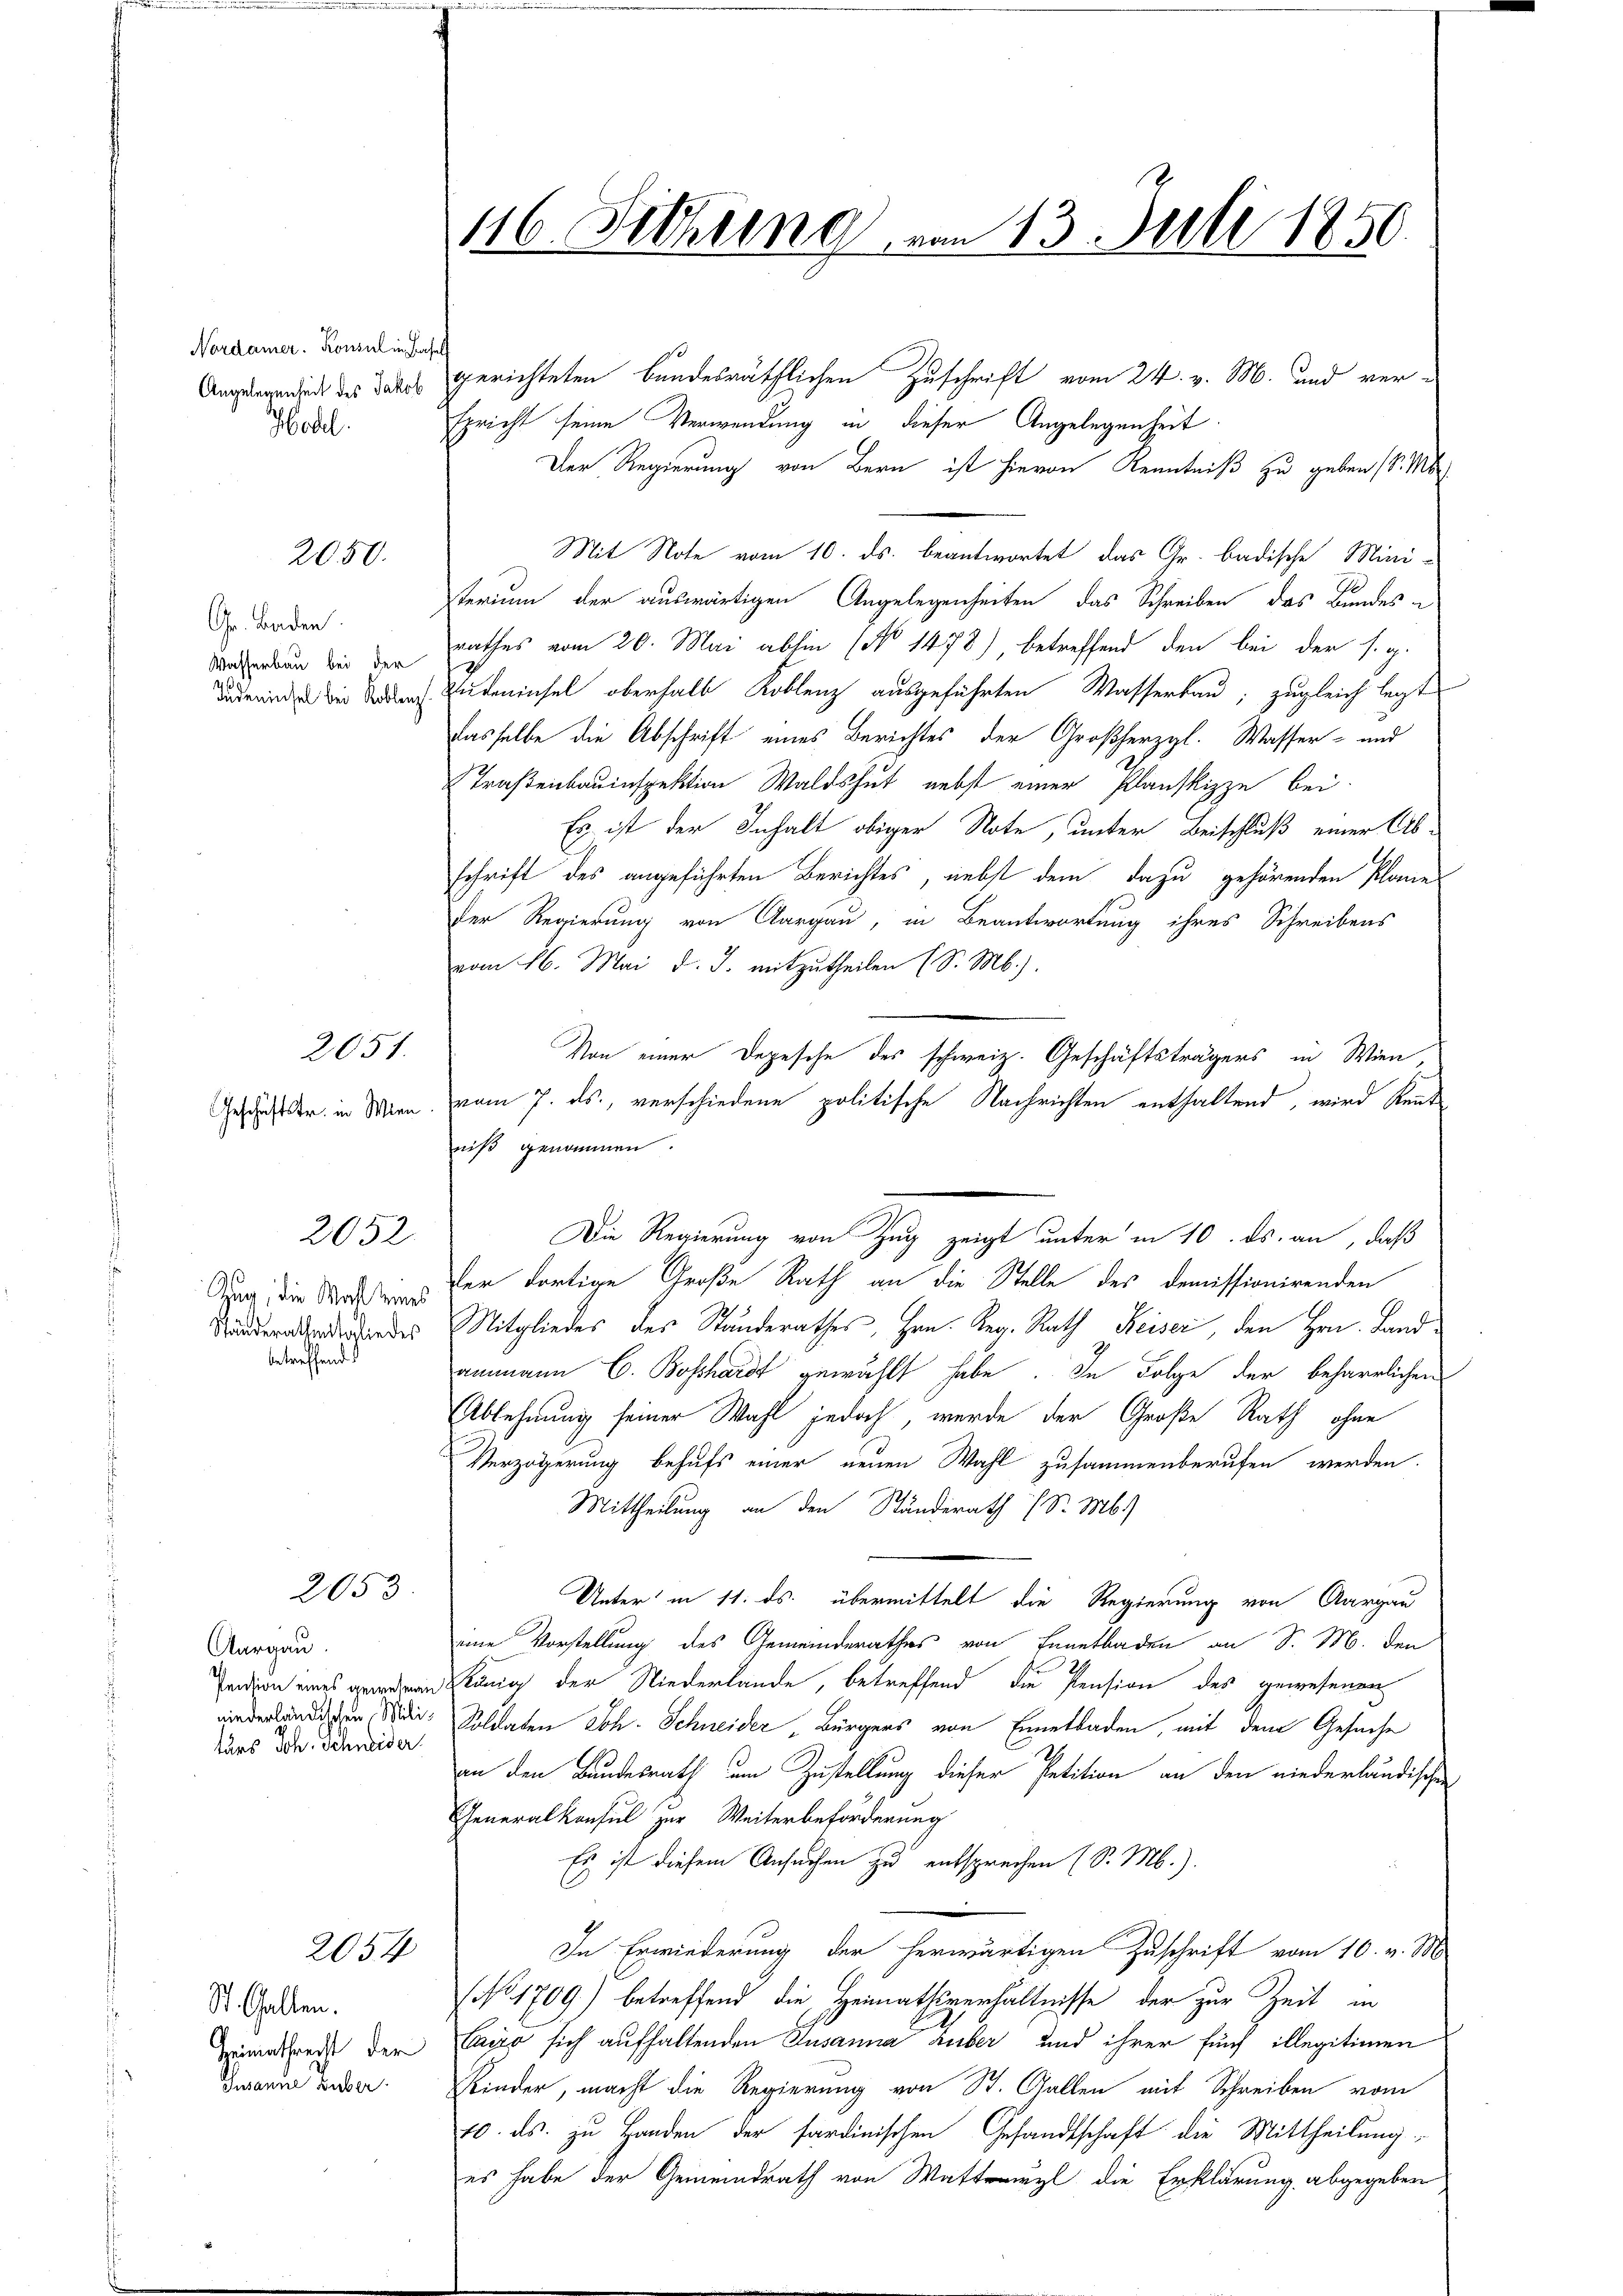
Nordamer. Konsul in Hasel
Angelegenheit des Jakob
Hotel.

2050.

Gr. Baden.
Wasserbau bei der
Judeninsel bei Koblenz

Geschäftstr. in Wien

2051.

2052

Zug, die Wahl seines
Ständerathentalie des
betreffend

2053

Aargau.
Pension eines gewesenen
niederländischen Militärs Joh. Schneider

2054

St. Gallen.
Heimathrecht der
Jusanne Huber

116. Setzung von 13. Juli 1850.

gerichteten bundesräthlichen Zuschrift vom 24. v. M. und ver-
spricht seine Verwendung in dieser Angelegenheit
Der Regierung von Bern ist hievon Kenntniß zu geben (v. Ms
Mit Note vom 10. ds. beantwortet das Gr. badische Miniterium der auswärtigen Angelegenheiten das Schreiben das Bundes e
rathes vom 20. Mai abhin (No 1478) betreffend den bei der s. g.
Studeninsel oberhalb Koblenz ausgeführten Wasserbau; zugleich legt
dasselbe die Abschrift eines Berichtes der Großherzgl. Wasser- und
Straßenbauinspektion Waldshut nebst einer Planskizze bei.
Es ist der Inhalt obiger Note, unter Beischluß einer Ab-
schrift des angeführten Berichtes, nebst dem dazu gehörenden Plane
Der Regierung von Aargau, in Beantwortung ihres Schreibens
vom 16. Mai d. J. mitzutheilen (S. M.).
Von einer Depesche des schweiz. Geschäftsträgers in Wien
vom 7. ds., verschiedene politische Nachrichten enthaltend, wird Reut
niß genommen.
Die Regierung von Zug zeigt unter in 10. ds. an, daß
der dortige Große Rath an die Stelle des demissionirenden
Mitgliedes des Standerathes, Hrn. Reg. Rath Reiser, den Hrn. Landammann C. Beschardt gewählt habe. In Folge der beharrlichen
Ablehnung seiner Wahl jedoch, werde der Große Rath ohne
Verzögerung behufs einer neuen Wahl zusammenberufen werden.
Mittheilung an den Ständerath Sr. M.)
Unter in 11. ds. übermittelt die Regierung von Aargau
eine Vorstellung des Gemeinderathes von Ennetbaden an S. M. den
König der Niederlande, betreffend die Pension des gewesenen
Soldaten Joh. Schneider „Bürgers von Emmetbaden, mit dem Gesuche
an den Bundesrath um Zustellung dieser Petition an den niederländischen
Generalkonsul zur Weiterbeförderung
Es ist diesem Ansuchen zu entsprechen (S. M.).
In Erwiederung der herwärtigen Zuschrift vom 10. v. M.
(No 1709) betreffend die Heimathsverhältnisse der zur Zeit in
Cavo sich aufhaltenden Ausanna Huber und ihrer fünf illegitimen
Kinder, macht die Regierung von St. Gallen mit Schreiben vom
10. ds. zu Handen der sardinischen Gesandtschaft die Mittheilung
es habe der Gemeindrath von Wattwyl die Erklärung abgegeben